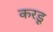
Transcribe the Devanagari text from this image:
करडू